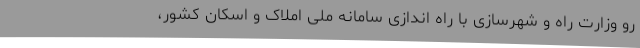
رو وزارت راه و شهرسازی با راه اندازی سامانه ملی املاک و اسکان کشور،